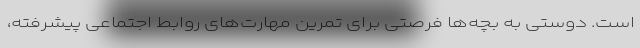
است. دوستی به بچه‌ها فرصتی برای تمرین مهارت‌های روابط اجتماعی پیشرفته،